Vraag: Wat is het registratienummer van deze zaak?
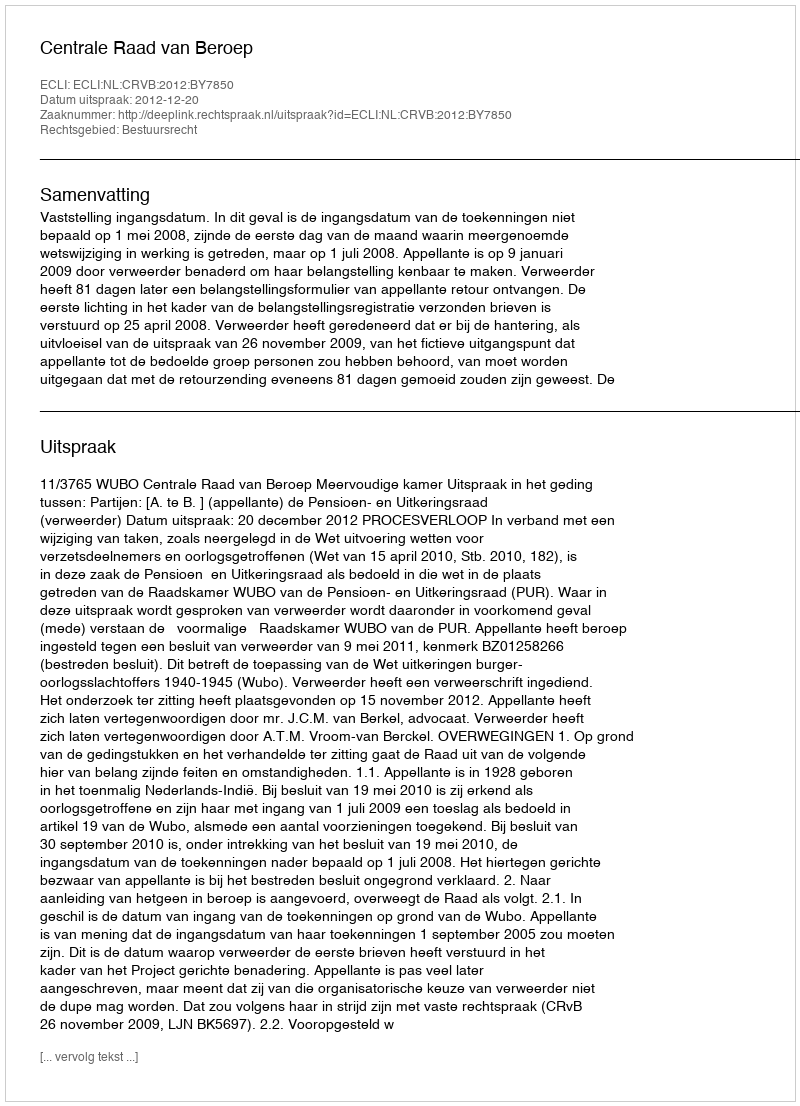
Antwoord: http://deeplink.rechtspraak.nl/uitspraak?id=ECLI:NL:CRVB:2012:BY7850